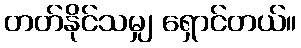
တတ်နိုင်သမျှ ရှောင်တယ်။